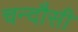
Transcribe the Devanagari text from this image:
चन्‍दौसी